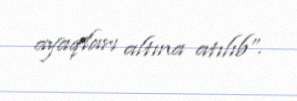
ayaqları altına atılıb”.